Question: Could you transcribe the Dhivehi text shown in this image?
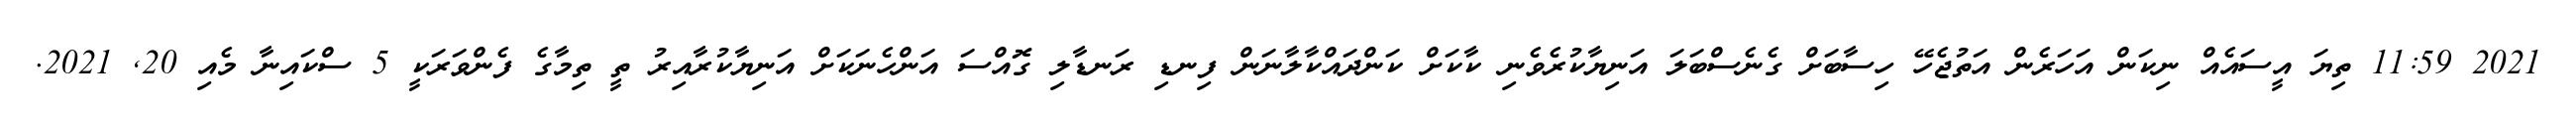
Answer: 2021 11:59 ތިޔަ އީސައެއް ނިކަން އަހަރެން އަތުޖެހޭ ހިސާބަށް ގެނެސްބަލަ އަނިޔާކުރެވެނި ކާކަށް ކަންދައްކާލާނަން ފިނޑި ރަނޑާލި ގޮއްސަ އަންހެނަކަށް އަނިޔާކުރާއިރު ތީ ތިމާގެ ފެންވަރަކީ 5 ސްކައިނާ މެއި 20, 2021.